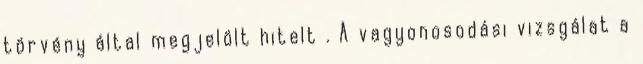
törvény által megjelölt hitelt . A vagyonosodási vizsgálat a